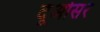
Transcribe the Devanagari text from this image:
दूओसरे